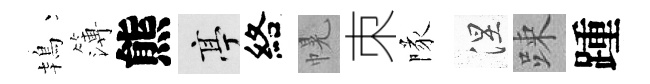
鴇簿熊亭絡幌朿隊涅踈踵